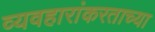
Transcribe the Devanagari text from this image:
व्यवहारांकरताच्या